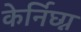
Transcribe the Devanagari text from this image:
केर्निघ्ग्न